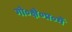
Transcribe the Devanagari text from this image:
गो०क्षे०प्र०में